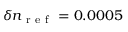
\delta n _ { \mathrm { ~ r ~ e ~ f ~ } } = 0 . 0 0 0 5